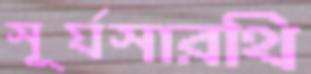
সূর্যসারথি